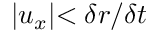
\lvert u _ { x } \lvert < \delta r / \delta t